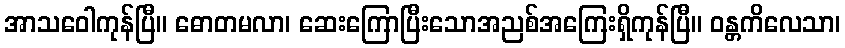
အာသဝေါကုန်ပြီ။ ဓောတမလာ၊ ဆေးကြောပြီးသောအညစ်အကြေးရှိကုန်ပြီ။ ဝန္တကိလေသာ၊